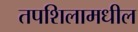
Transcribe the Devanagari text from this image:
तपशिलामधील